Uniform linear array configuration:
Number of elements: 4
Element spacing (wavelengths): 0.25
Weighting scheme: exponential
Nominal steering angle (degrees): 30
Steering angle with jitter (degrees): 30.666
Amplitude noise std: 0.05
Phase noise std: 0.05

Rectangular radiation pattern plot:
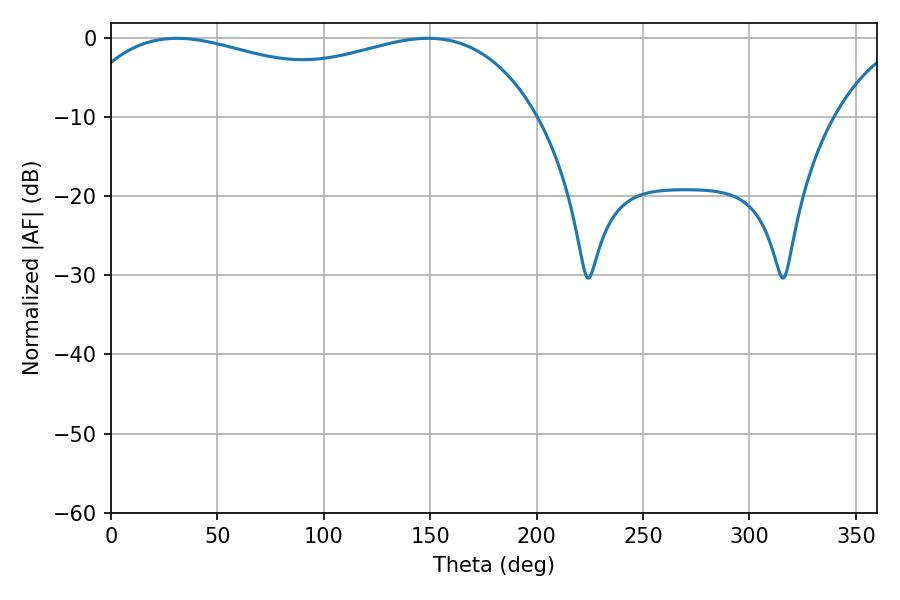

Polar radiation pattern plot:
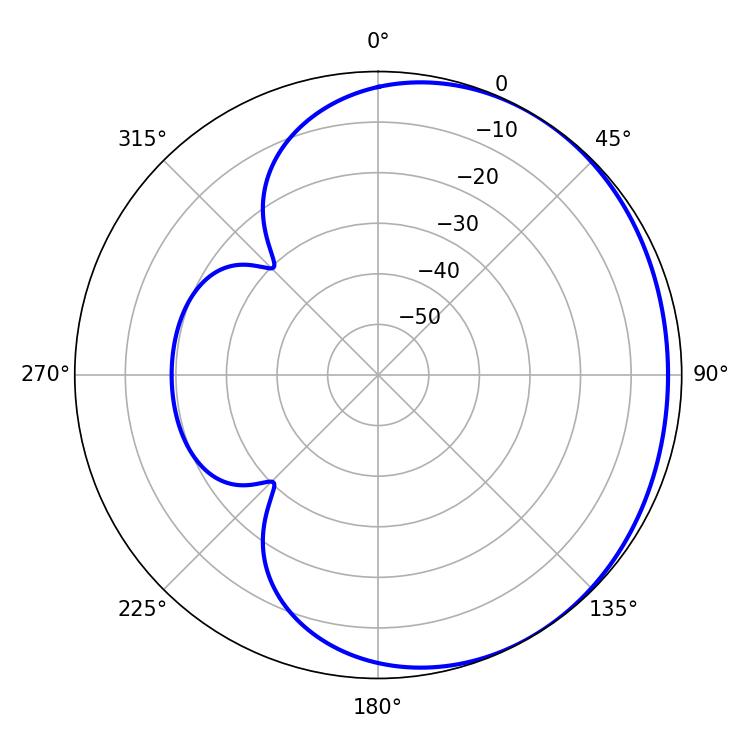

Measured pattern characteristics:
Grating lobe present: FALSE
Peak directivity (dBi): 1.432
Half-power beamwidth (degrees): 179.28
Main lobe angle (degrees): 30.96